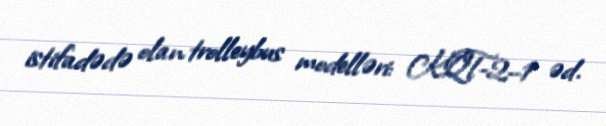
istifadədə olan trolleybus modelləri: KQT-2–1 əd.